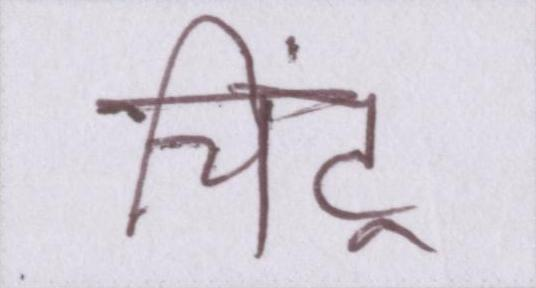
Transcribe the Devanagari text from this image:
चिंटू